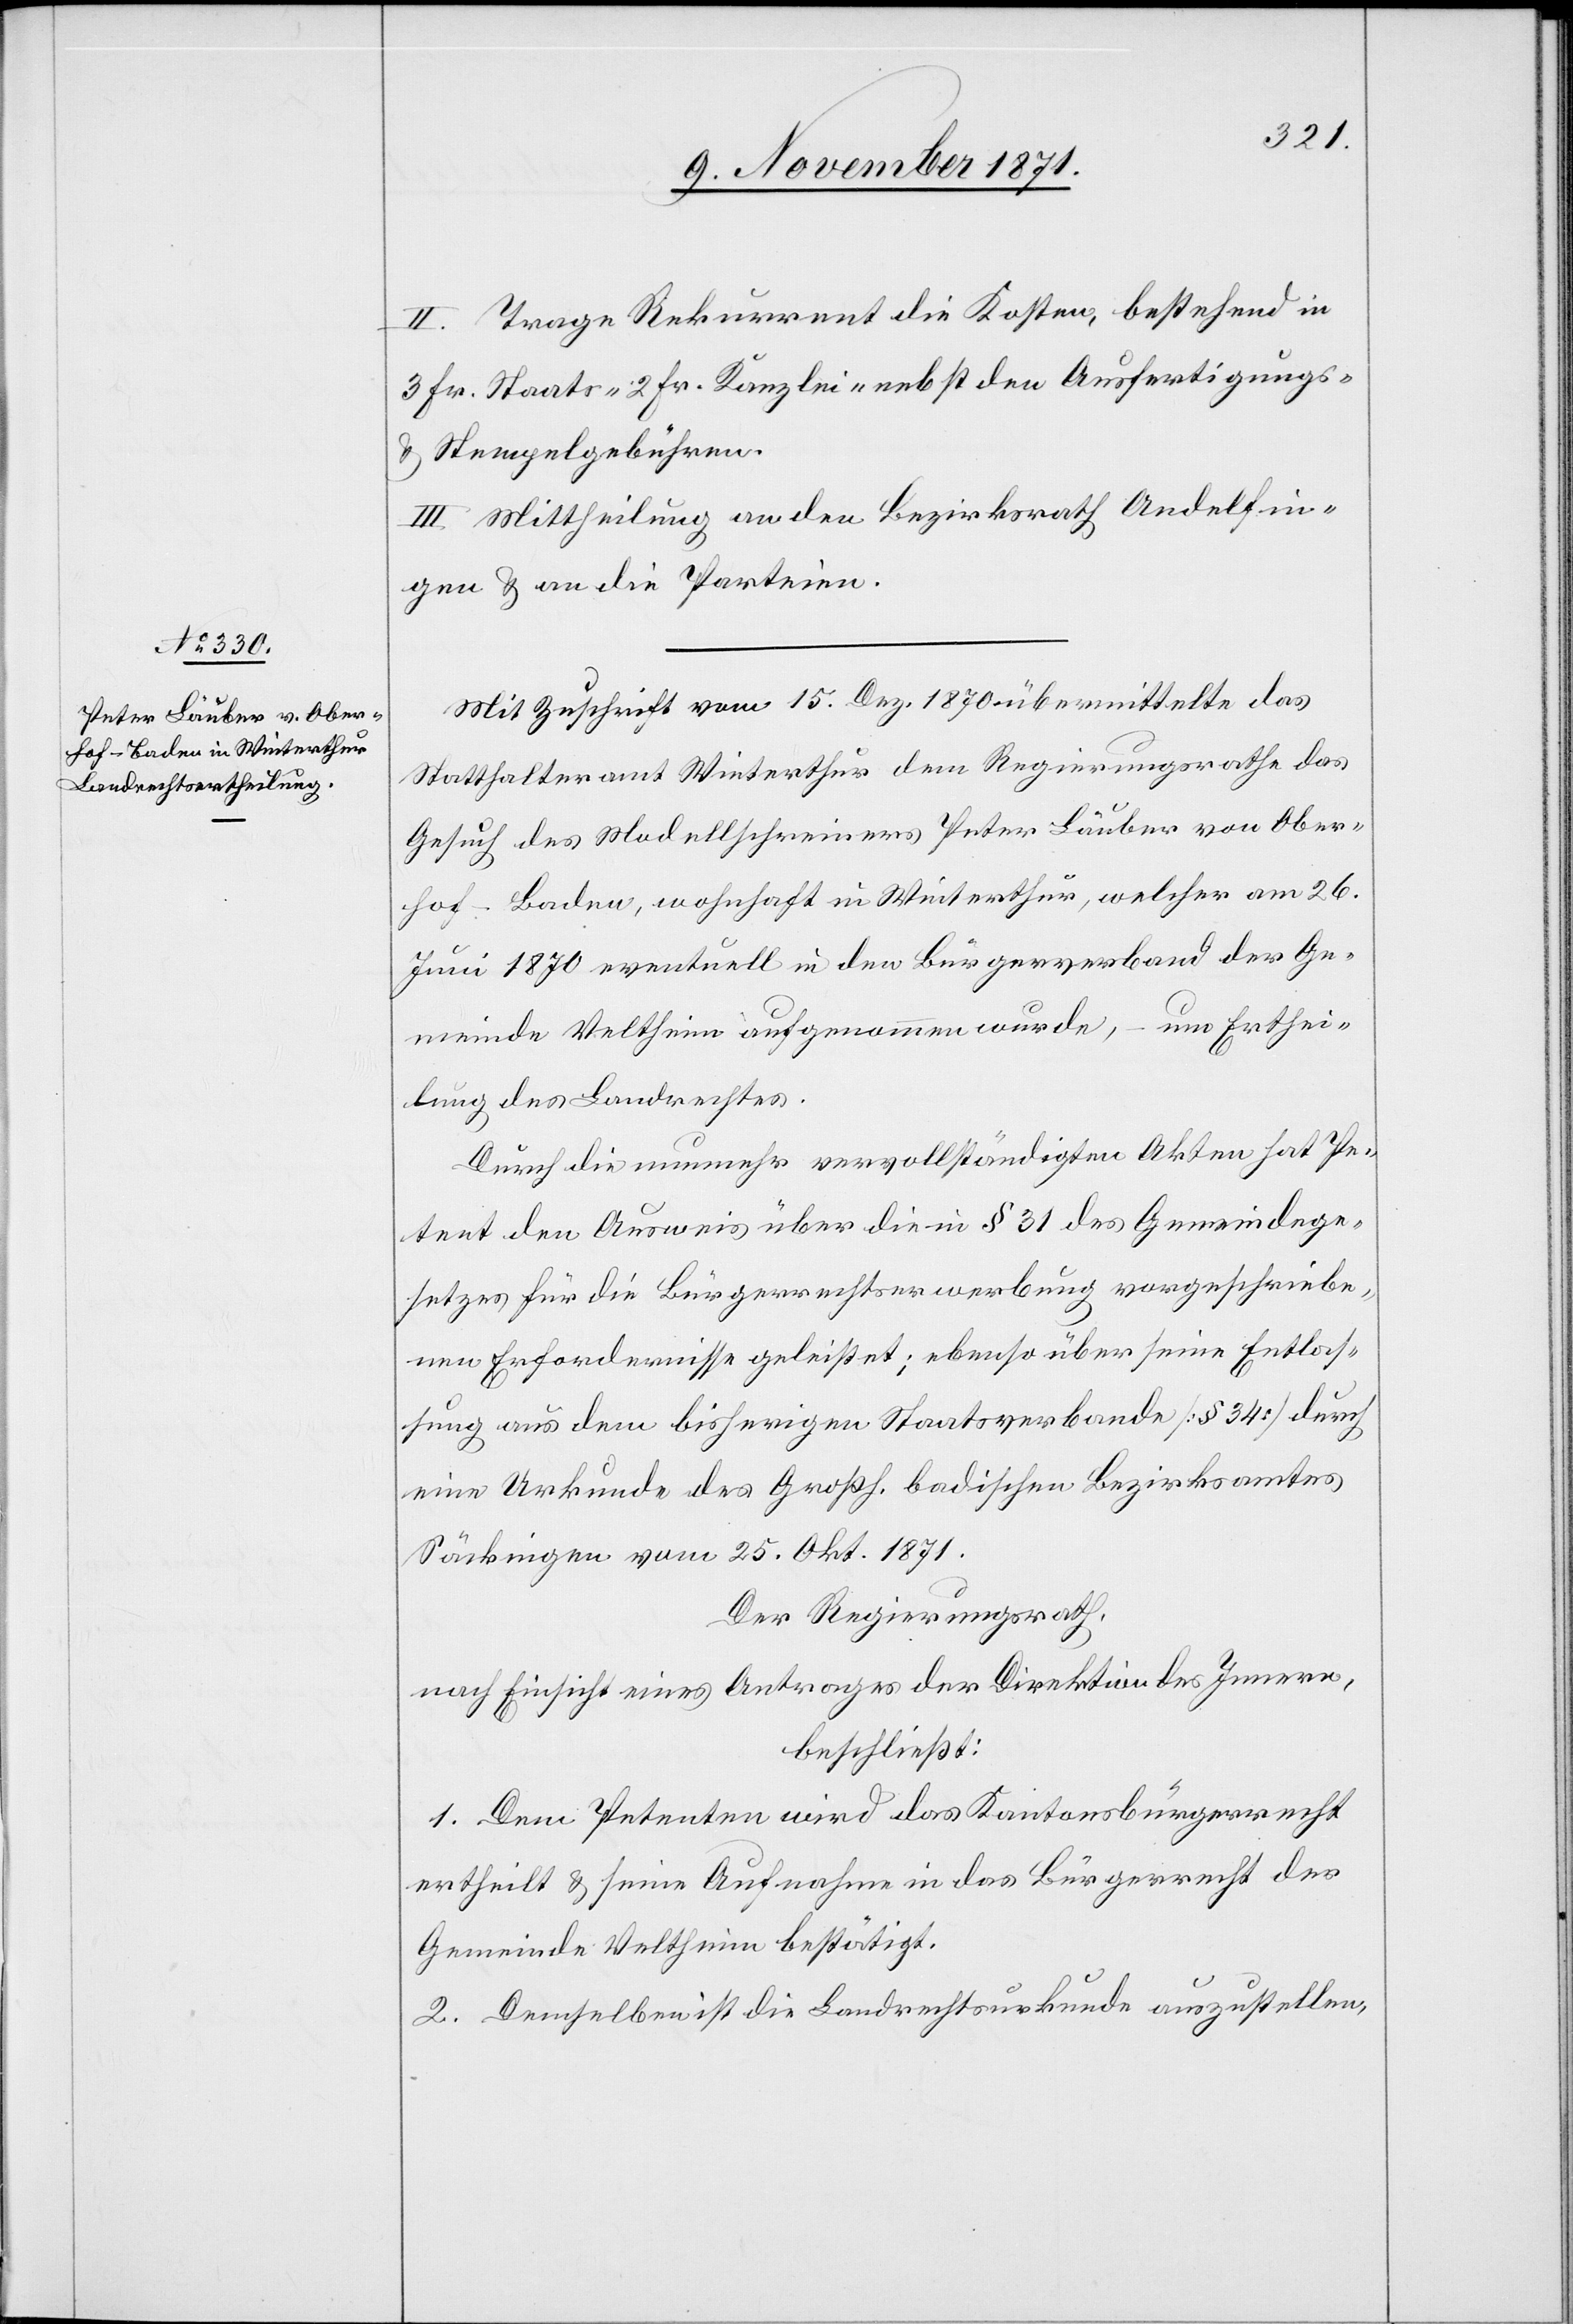
II. Trage Rekurrent die Kosten, bestehend in
3 Fr. Staats-[,] 2 Fr. Kanlzei-[,] nebst den Ausfertigungs-
& Stempelgebühren.
III. Mittheilung an den Bezirksrath Andelfin¬
gen & an die Parteien.
Mit Zuschrift vom 15. Dez. 1870 übermittelt das
Statthalteramt Winterthur dem Regierungsrathe das
Gesuch des Modellschreiners Peter Läuber von Ober¬
hof-Baden, wohnhaft in Winterthur, welcher am 26.
Juni 1870 eventuell in den Bürgerverband der Ge¬
meinde Veltheim aufgenommen wurde, – um Erthei¬
lung des Landrechtes.
Durch die nunmehr vervollständigten Akten hat Pe¬
tent den Ausweis über die in § 31 des Gemeindege¬
setzes für die Bürgerrechtserwebung vorgeschriebe¬
nen Erfordernisse geleistet; ebenso über seine Entlas¬
sung aus dem bisherigen Staatsverbande [§ 34] durch
eine Urkunde des Großh. Badischen Bezirksamtes
Säckingen vom 25. Okt. 1871.
Der Regierungsrath,
nach Einsicht eines Antrages der Direktion des Innern,
beschließt:
1. Dem Petenten wird das Kantonsbürgerrecht
ertheilt & seine Aufnahme in das Bürgerrecht der
Gemeinde Veltheim bestätigt.
2. Demselben ist die Landrechtsurkunde auszustellen,